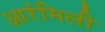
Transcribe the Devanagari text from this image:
आरंमिली